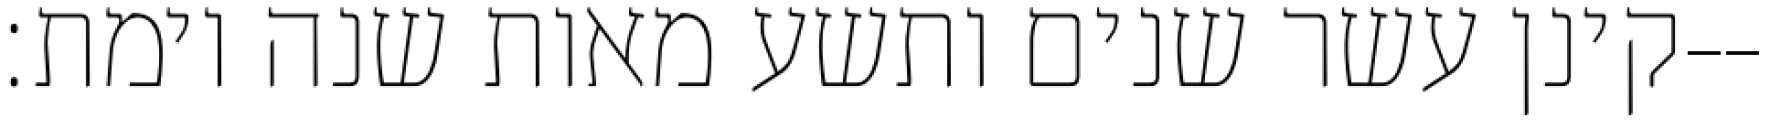
קינן עשר שנים ותשע מאות שנה וימת׃--